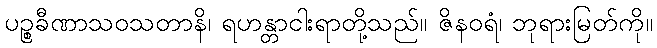
ပဉ္စခီဏာသဝသတာနိ၊ ရဟန္တာငါးရာတို့သည်။ ဇိနဝရံ၊ ဘုရားမြတ်ကို။